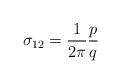
LaTeX: \begin{align*}\sigma_{12}=\frac{1}{2\pi}\frac{p}{q}\end{align*}